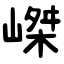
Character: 嵥